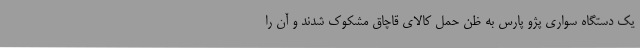
یک دستگاه سواری پژو پارس به ظن حمل کالای قاچاق مشکوک شدند و آن را